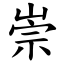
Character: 崇